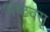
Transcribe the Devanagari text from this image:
अष्टवसू